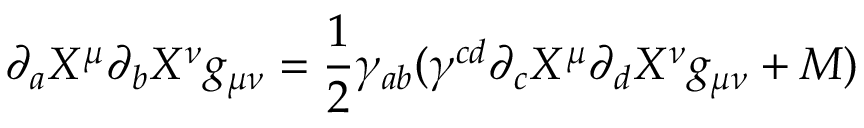
\partial _ { a } X ^ { \mu } \partial _ { b } X ^ { \nu } g _ { \mu \nu } = \frac { 1 } { 2 } \gamma _ { a b } ( \gamma ^ { c d } \partial _ { c } X ^ { \mu } \partial _ { d } X ^ { \nu } g _ { \mu \nu } + M )